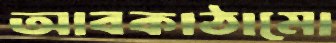
আবকাঠামো